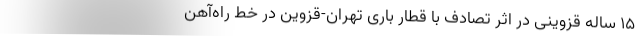
۱۵ ساله قزوینی در اثر تصادف با قطار باری تهران-قزوین در خط راه‌آهن